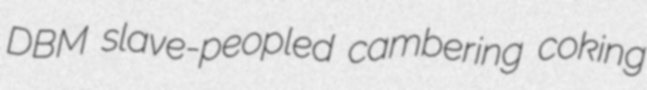
DBM slave-peopled cambering coking